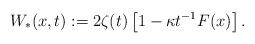
LaTeX: \begin{align*}W_*(x,t):=2\zeta(t)\left[1-\kappa t^{-1}F(x)\right]. \end{align*}